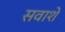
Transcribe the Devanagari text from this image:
सवाशे